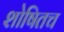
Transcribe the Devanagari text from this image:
शोषितच